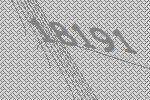
18191